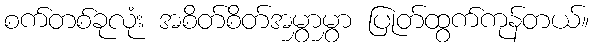
စက်တစ်ခုလုံး အစိတ်စိတ်အမွှာမွှာ ပြုတ်ထွက်ကုန်တယ်။